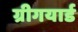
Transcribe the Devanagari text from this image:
ग्रीगयार्ड